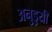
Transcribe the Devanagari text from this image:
अनुडुयी